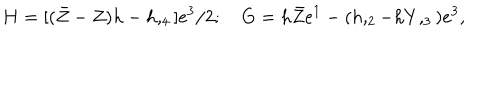
H = [ ( \bar { Z } - Z ) h - h , _ { 4 } ] e ^ { 3 } / 2 ; \quad G = h \bar { Z } e ^ { 1 } - ( h , _ { 2 } - h Y , _ { 3 } ) e ^ { 3 } ,